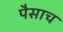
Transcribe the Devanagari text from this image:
पैसाच